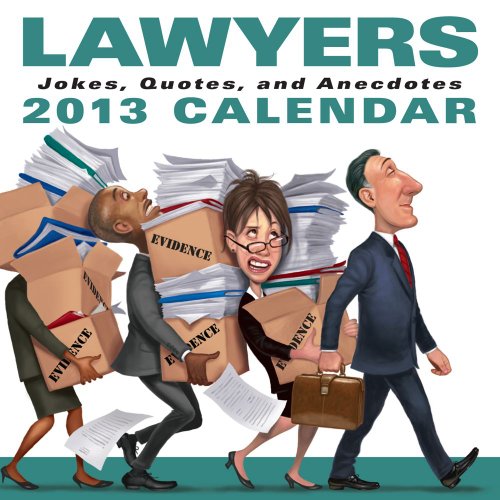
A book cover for Lawyers 2013 Day-to-Day Calendar: Jokes, Quotes, and Anecdotes; LLC Andrews McMeel Publishing; Calendars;